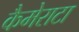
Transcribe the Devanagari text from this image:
कैमेराटा